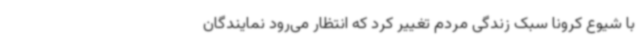
با شیوع کرونا سبک زندگی مردم تغییر کرد که انتظار می‌رود نمایندگان